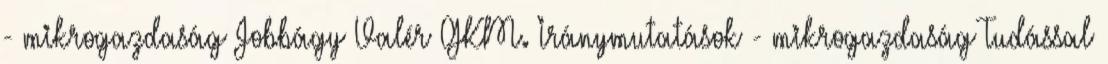
- mikrogazdaság Jobbágy Valér GKM. Iránymutatások - mikrogazdaság Tudással